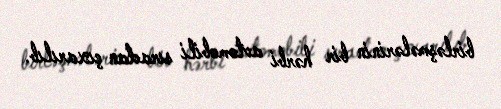
birləşmələrinin bir hərbi avtomobili sıradan çıxarılıb.